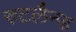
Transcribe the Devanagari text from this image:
रुटलैन्ड